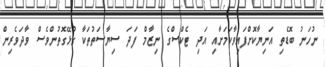
ނުހަނު ބޮޑެތި އަނިޔާކޮށްފައިވާކަމަށާއި އަދި ޓެކްސްގެ ނިޒާމް ފަދަ ސިޔާސަތުތަކާ ގުޅޭގޮތުންވެސް ވާދަވެރިން